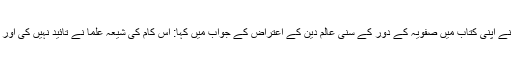
[14] قاضی نوراللہ شوشتری نے اپنی کتاب میں صفویہ کے دور کے سنی عالم دین کے اعتراض کے جواب میں کہا: اس کام کی شیعہ علما نے تائید نہیں کی اور اب تو یہ متروک ہو چکا ہے۔